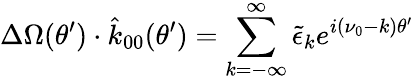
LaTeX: \Delta\Omega(\theta^{\prime})\cdot\hat{k}_{00}(\theta^{\prime})=\sum_{k=-\infty}^{\infty}{\tilde{\epsilon}}_{k}e^{i(\nu_{0}-k)\theta^{\prime}}